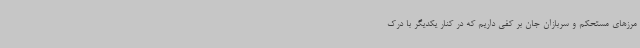
مرزهای مستحکم و سربازان جان بر کفی داریم که در کنار یکدیگر با درک